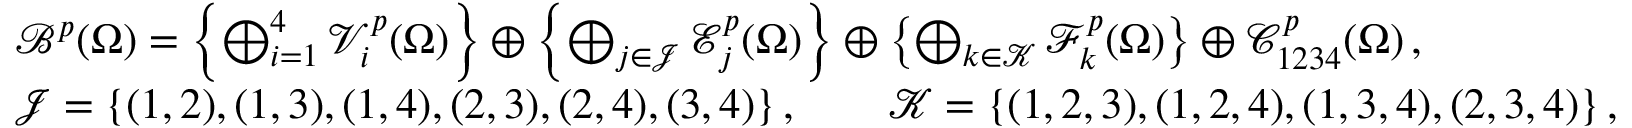
\begin{array} { r l } & { \mathcal { B } ^ { p } ( \Omega ) = \left\{ \bigoplus _ { i = 1 } ^ { 4 } \mathcal { V } _ { i } ^ { p } ( \Omega ) \right\} \oplus \left\{ \bigoplus _ { j \in \mathcal { J } } \mathcal { E } _ { j } ^ { p } ( \Omega ) \right\} \oplus \left\{ \bigoplus _ { k \in \mathcal { K } } \mathcal { F } _ { k } ^ { p } ( \Omega ) \right\} \oplus \mathcal { C } _ { 1 2 3 4 } ^ { p } ( \Omega ) \, , } \\ & { \mathcal { J } = \{ ( 1 , 2 ) , ( 1 , 3 ) , ( 1 , 4 ) , ( 2 , 3 ) , ( 2 , 4 ) , ( 3 , 4 ) \} \, , \qquad \mathcal { K } = \{ ( 1 , 2 , 3 ) , ( 1 , 2 , 4 ) , ( 1 , 3 , 4 ) , ( 2 , 3 , 4 ) \} \, , } \end{array}